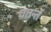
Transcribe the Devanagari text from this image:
वतर्न्ते